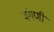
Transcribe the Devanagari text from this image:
वंगणी